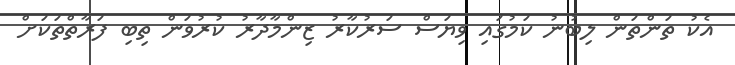
އެކު ތަންތަން ލިބުނު ކަމުގައި ވިޔަސް ސަރުކާރު ޒިންމާދާރު ކުރުވަން ތިބި ފަރާތްތަކަށް